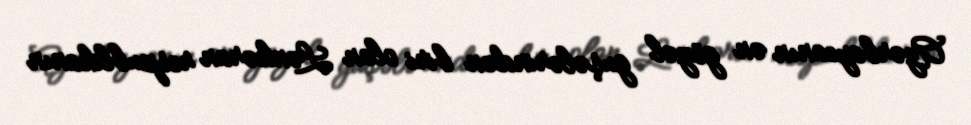
Azərbaycanın ən gözəl guşələrindən biri olan Lənkəran respublikanın